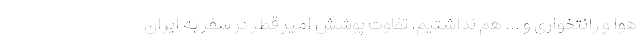
هوا و رانتخواری و ... هم نداشتیم. تفاوت پوشش امیر قطر در سفر به ایران